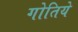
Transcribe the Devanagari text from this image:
गोतिये